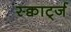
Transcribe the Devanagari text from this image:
स्क्वार्ट्ज